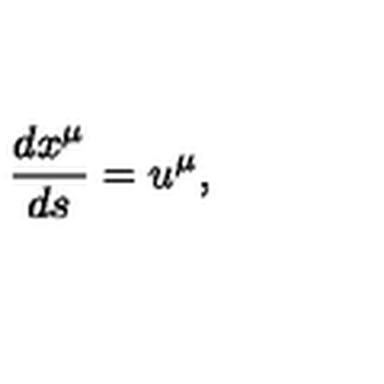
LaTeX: \frac { d x ^ { \mu } } { d s } = u ^ { \mu } ,